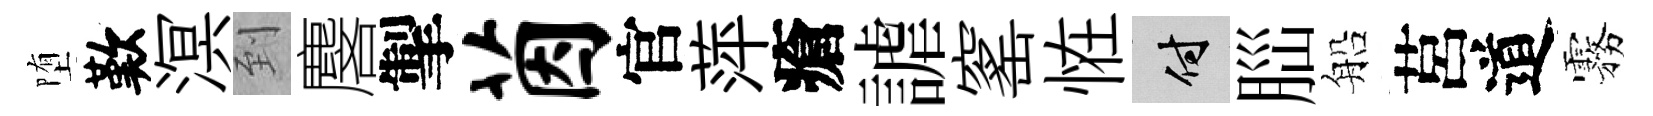
堕歎溟到麐掣茵官萍瘡謔窰恠付𦛁船莒道霧